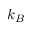
k _ { B }